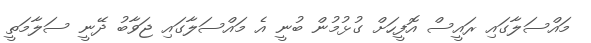
މައްސަލާގައި ރައީސް އޮފީހަށް ގުޅުމުން ބުނީ އެ މައްސަލާގައި ޖަވާބު ދޭނީ ސަލާމަތީ